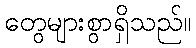
တွေများစွာရှိသည်။